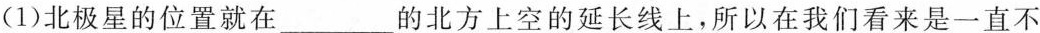
(1)北极星的位置就在___的北方上空的延长线上，所以在我们看来是一直不